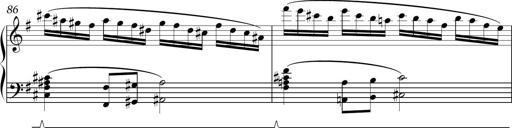
Title: Sonatina in E minor
Composer: Shuwen Zhang
Key: E minor